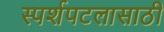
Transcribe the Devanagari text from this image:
स्पर्शपटलासाठी